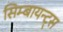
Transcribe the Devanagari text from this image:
सिम्बायन्ट्स